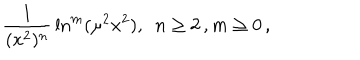
{ \frac { 1 } { ( x ^ { 2 } ) ^ { n } } } \ln ^ { m } ( \mu ^ { 2 } x ^ { 2 } ) , ~ ~ n \geq 2 \, , m \geq 0 \, ,